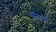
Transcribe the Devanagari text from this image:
ऍल॰